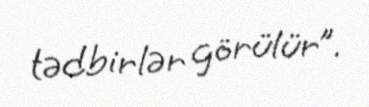
tədbirlər görülür”.